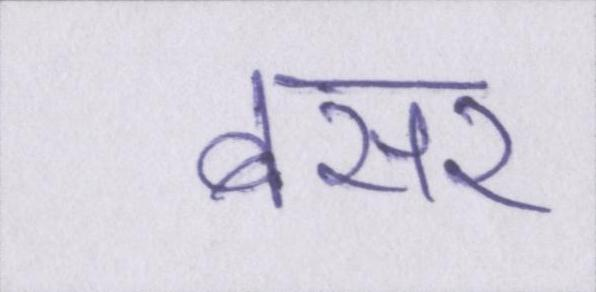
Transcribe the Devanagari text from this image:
बसर